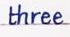
three